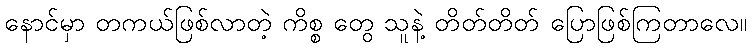
နောင်မှာ တကယ်ဖြစ်လာတဲ့ ကိစ္စ တွေ သူနဲ့ တိတ်တိတ် ပြောဖြစ်ကြတာလေ။